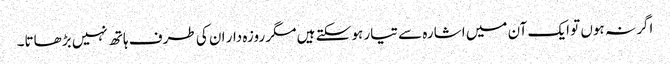
اگر نہ ہوں تو ایک آن میں اشارہ سے تیار ہو سکتے ہیں مگر روزہ دار ان کی طرف ہاتھ نہیں بڑھاتا۔